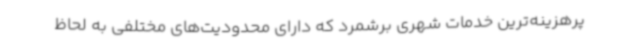
پرهزینه‌ترین خدمات شهری برشمرد که دارای محدودیت‌های مختلفی به لحاظ